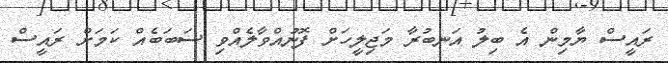
ރައީސް ޔާމިން އެ ބިލު އަނބުރާ މަޖިލީހަށް ފޮނުއްވާލެއްވި ސަބަބެއް ކަމަށް ރައީސް